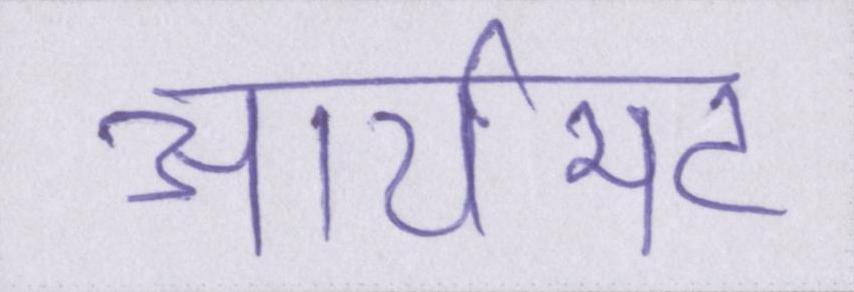
आर्यभट